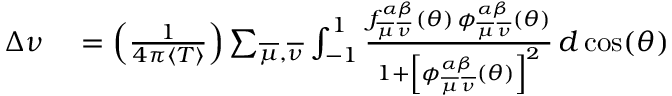
\begin{array} { r l } { \Delta \nu } & { { } = \left( \frac { 1 } { 4 \pi \langle T \rangle } \right) \sum _ { \overline { { \mu } } , \overline { { \nu } } } \int _ { - 1 } ^ { 1 } \frac { f _ { \overline { { \mu } } \, \overline { { \nu } } } ^ { \alpha \beta } ( \theta ) \, \phi _ { \overline { { \mu } } \, \overline { { \nu } } } ^ { \alpha \beta } ( \theta ) } { 1 + \left[ \phi _ { \overline { { \mu } } \, \overline { { \nu } } } ^ { \alpha \beta } ( \theta ) \right] ^ { 2 } } \, d \cos ( \theta ) } \end{array}